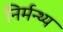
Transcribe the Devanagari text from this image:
निर्मन्थ्य